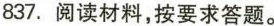
837.阅读材料，按要求答题。